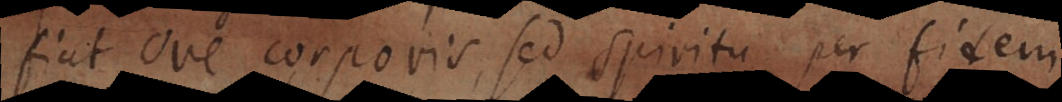
fiat ore corporis, sed spiritu per fidem.